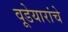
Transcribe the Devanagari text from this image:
वूडेयारांचे